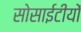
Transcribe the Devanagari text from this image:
सोसाईटीयों